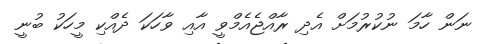
ނަން ހާމަ ނުކުރުމަށް އެދި ރާއްޖެއެމްވީ އާއި ވާހަކަ ދެއްކި މީހަކު ބުނީ